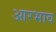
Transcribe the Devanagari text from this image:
आरभाव